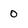
Character: 0